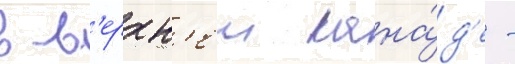
в в'ерхн'еи кана́д'е -